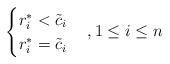
LaTeX: \begin{align*} \begin{cases} r^*_i < \tilde{c}_i & \\ r^*_i = \tilde{c}_i & \end{cases}, 1 \leq i \leq n\end{align*}